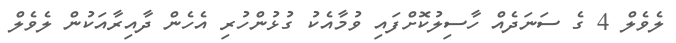
ލެވެލް 4 ގެ ސަނަދެއް ހާސިލުކޮށްފައި ވުމާއެކު ގުޅުންހުރި އެހެން ދާއިރާއަކުން ލެވެލް